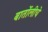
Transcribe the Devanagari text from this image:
बार्तोलीचे